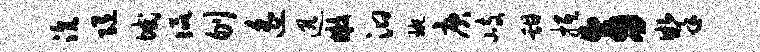
沆随域侃刎遥迅嫩汩琬庚岐甜抵旁掣